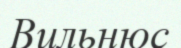
Вильнюс